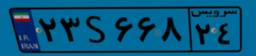
۲۳S۶۶۸۲۴